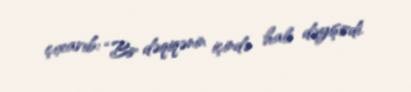
çıxarıb: “Bir dəqiqənin içində halı dəyişirdi.